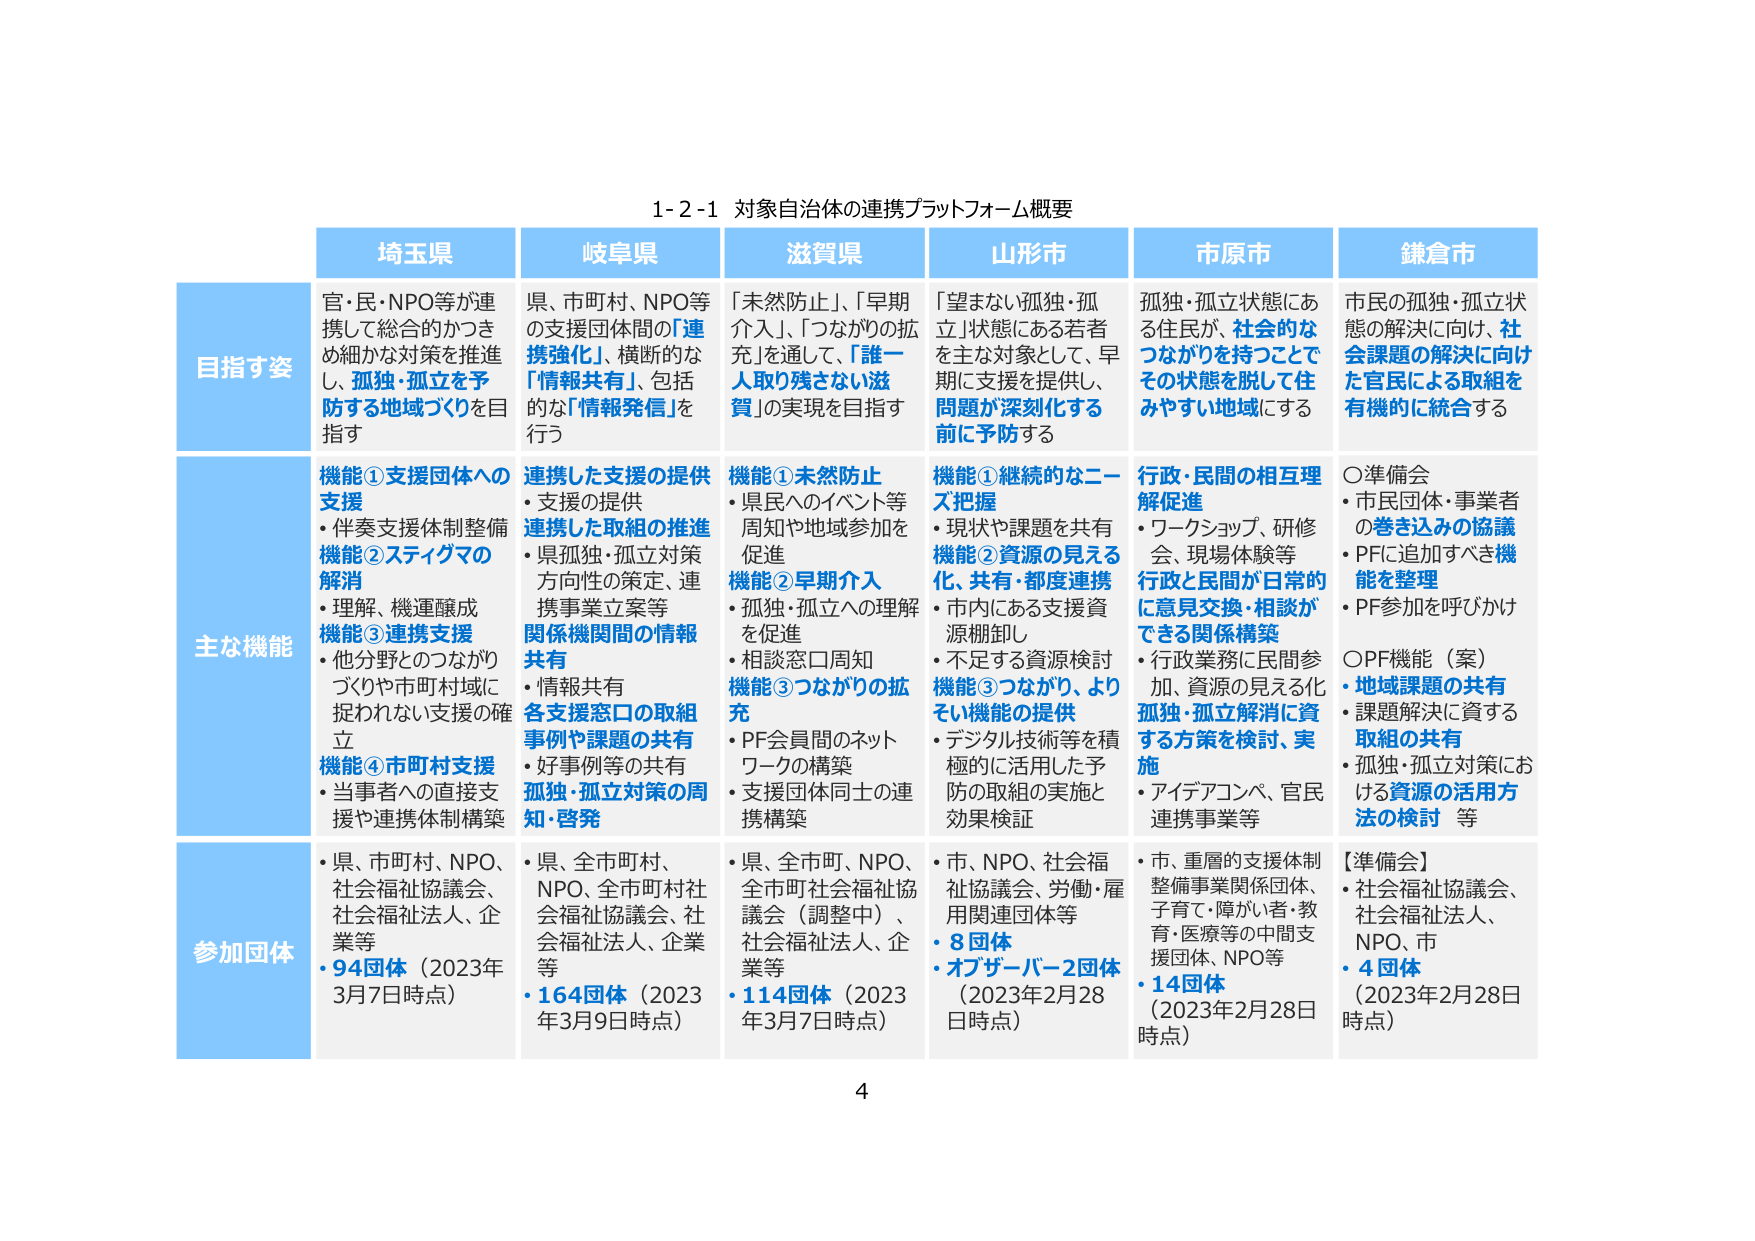
1-2-1 対象自治体の連携プラットフォーム概要

埼玉県
目指す姿
官・民・NPO等が連携して総合的かつきめ細かな対策を推進し、孤独・孤立を予防する地域づくりを目指す

主な機能
機能①支援団体への支援
・伴奏支援体制整備
機能②スティグマの解消
・理解、機運醸成
機能③連携支援
・他分野とのつながりづくりや市町村域に捉われない支援の確立
機能④市町村支援
・当事者への直接支援や連携体制構築

参加団体
・県、市町村、NPO、社会福祉協議会、社会福祉法人、企業等
・94団体（2023年3月7日時点）

岐阜県
目指す姿
県、市町村、NPO等の支援団体間の「連携強化」、横断的な「情報共有」、包括的な「情報発信」を行う

主な機能
連携した支援の提供
・支援の提供
連携した取組の推進
・県孤独・孤立対策方向性の策定、連携事業立案等
関係機関間の情報共有
・情報共有
各支援窓口の取組事例や課題の共有
・好事例等の共有
孤独・孤立対策の周知・啓発

参加団体
・県、全市町村、NPO、全市町村社会福祉協議会、社会福祉法人、企業等
・164団体（2023年3月9日時点）

滋賀県
目指す姿
「未然防止」、「早期介入」、「つながりの拡充」を通して、「誰一人取り残さない滋賀」の実現を目指す

主な機能
機能①未然防止
・県民へのイベント等周知や地域参加を促進
機能②早期介入
・孤独・孤立への理解を促進
・相談窓口周知
機能③つながりの拡充
・PF会員間のネットワークの構築
・支援団体同士の連携構築

参加団体
・県、全市町、NPO、全市町社会福祉協議会（調整中）、社会福祉法人、企業等
・114団体（2023年3月7日時点）

山形市
目指す姿
「望まない孤独・孤立」状態にある若者を主な対象として、早期に支援を提供し、問題が深刻化する前に予防する

主な機能
機能①継続的なニーズ把握
・現状や課題を共有
機能②資源の見える化、共有・都度連携
・市内にある支援資源棚卸し
・不足する資源検討
機能③つながり、よりよい機能の提供
・デジタル技術等を積極的に活用した予防的取組の実施と効果検証

参加団体
・市、NPO、社会福祉協議会、労働・雇用関連団体等
・8団体
・オブザーバー2団体（2023年2月28日時点）

市原市
目指す姿
孤独・孤立状態にある住民が、社会的なつながりを持つことでその状態を脱して住みやすい地域にする

主な機能
行政・民間の相互理解促進
・ワークショップ、研修会、現場体験等
行政と民間が日常的に意見交換・相談ができる関係構築
・行政業務に民間参加、資源の見える化
孤独・孤立解消に資する方策を検討、実施
・アイデアコンペ、官民連携事業等

参加団体
・市、重層的支援体制整備事業関係団体、子育て・障がい者・教育・医療等の中間支援団体、NPO等
・14団体（2023年2月28日時点）

鎌倉市
目指す姿
市民の孤独・孤立状態の解決に向け、社会課題の解決に向けた官民による取組を有機的に統合する

主な機能
〇準備会
・市民団体・事業者の巻き込みの協議
・PFCに追加すべき機能を整理
・PF参加を呼びかけ
〇PF機能（案）
・地域課題の共有
・課題解決に資する取組の共有
・孤独・孤立対策における資源の活用方法の検討 等

参加団体
【準備会】
・社会福祉協議会、社会福祉法人、NPO、市
・4団体（2023年2月28日時点）

4